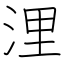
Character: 浬